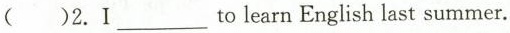
( )2.I tolearn___ English last summer.